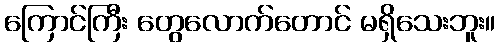
ကြောင်ကြီး တွေလောက်တောင် မရှိသေးဘူး။